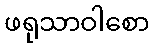
ဖရုသာဝါစော